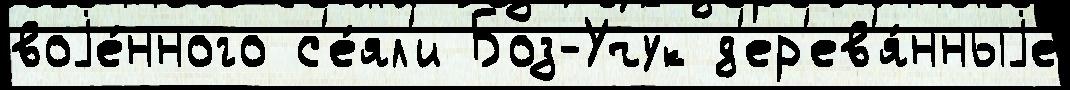
воjе́нного с'е́ял'и Боз-Учук д'ер'ев'я́нныjе